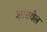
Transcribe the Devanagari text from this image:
शॉटवेल